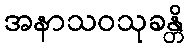
အနာသဝသုခန္တိ